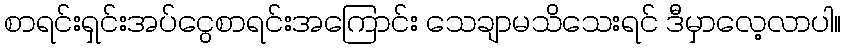
စာရင်းရှင်းအပ်ငွေစာရင်းအကြောင်း သေချာမသိသေးရင် ဒီမှာလေ့လာပါ။